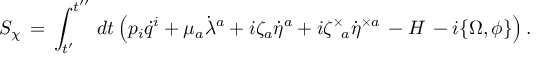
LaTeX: S _ { \chi } \, = \, \int _ { t ^ { \prime } } ^ { t ^ { \prime \prime } } \, d t \left( p _ { i } \dot { q } ^ { i } + \mu _ { a } \dot { \lambda } ^ { a } + i \zeta _ { a } \dot { \eta } ^ { a } + i \zeta ^ { \times } { \! } _ { a } \dot { \eta } ^ { \times a } \, - H \, - i \{ \Omega , \phi \} \right) .